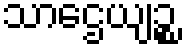
သာဌေယျဉ္စ